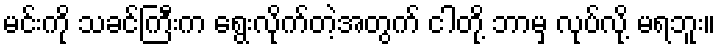
မင်းကို သခင်ကြီးက ရွေးလိုက်တဲ့အတွက် ငါတို့ ဘာမှ လုပ်လို့ မရဘူး။